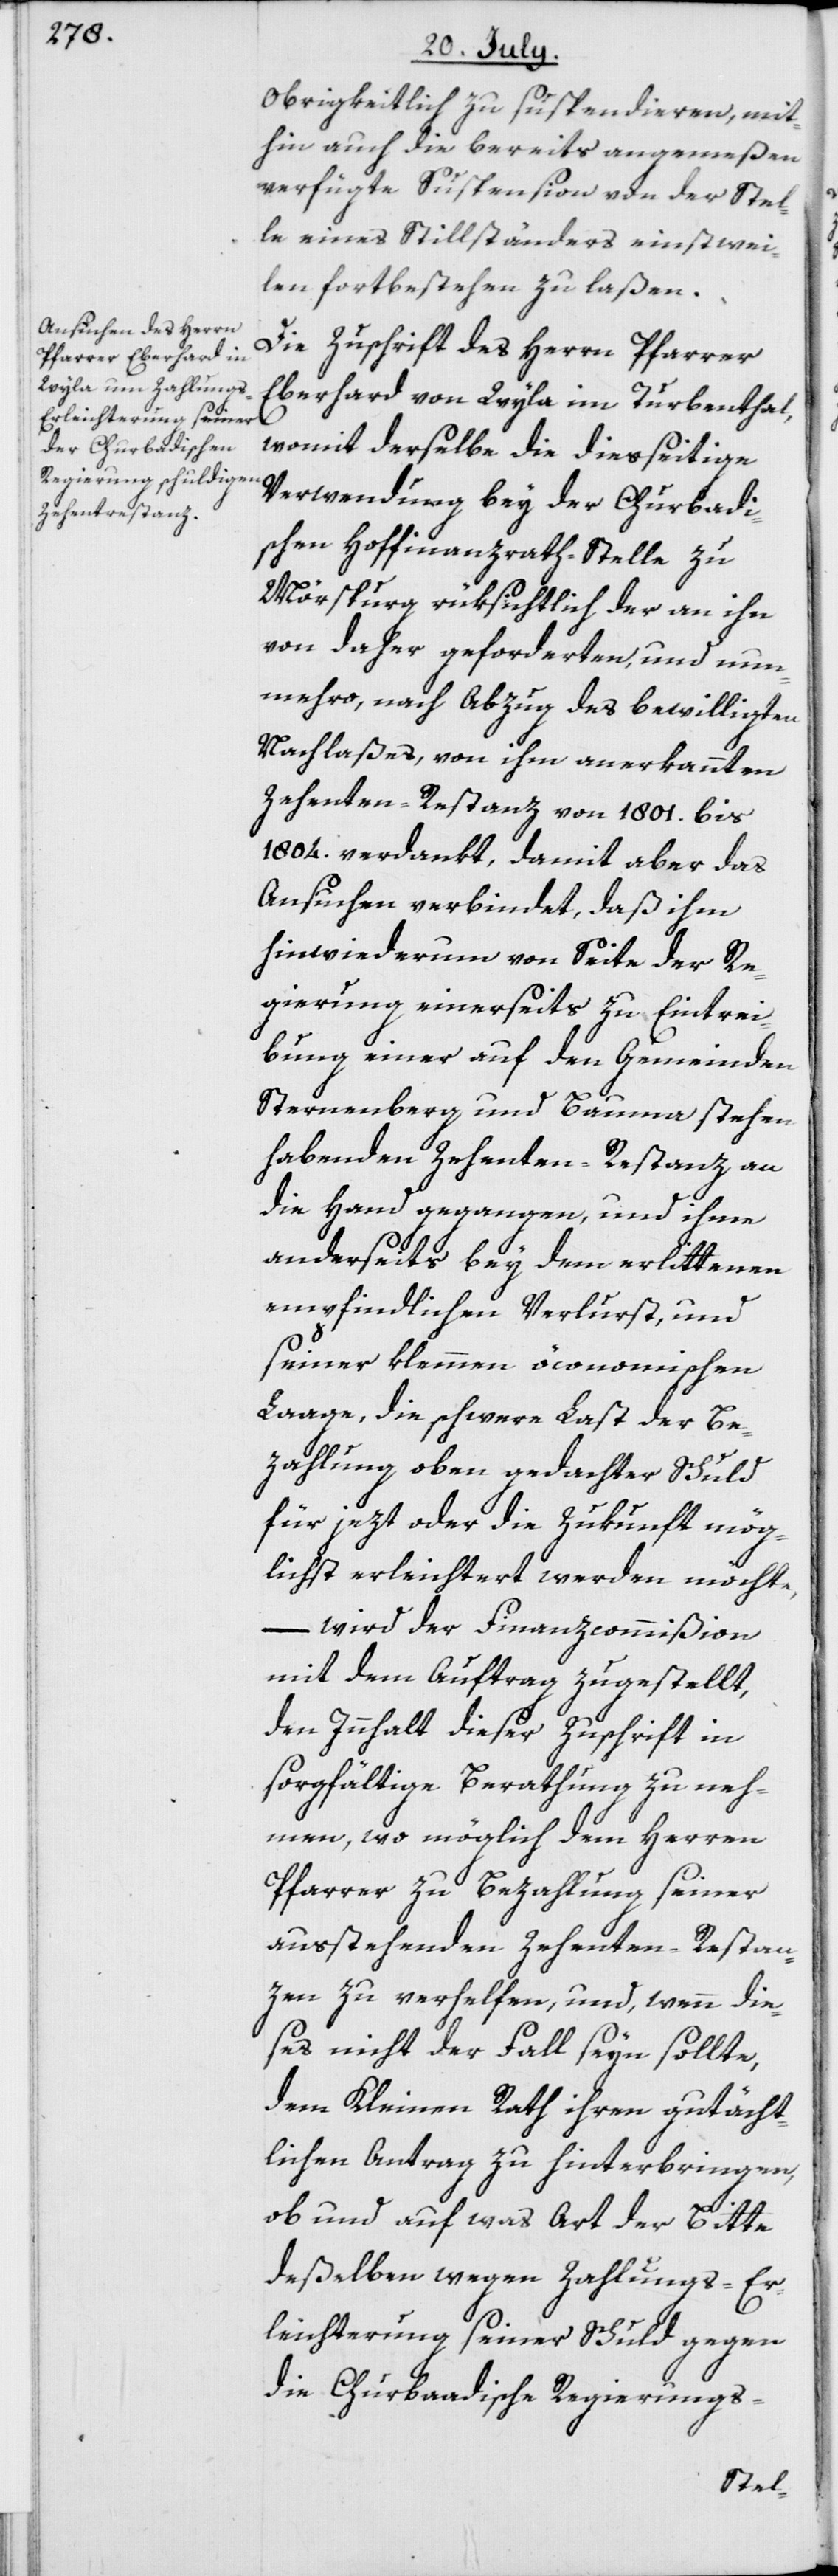
Obrigkeitlich zu suspendieren, mit¬
hin auch die bereits angemeßen
verfügte Suspension von der Stel¬
le eines Stillständers einstwei¬
len fortbestehen zu laßen.
Die Zuschrift des Herrn Pfarrer
Eberhard von Wyla im Turbenthal,
womit derselbe die diesseitige
Verwendung bey der Churbadi¬
schen Hoffinanzrath-Stelle zu
Mörspurg rüksichtlich der an ihn
von daher geforderten, und nun¬
mehro, nach Abzug des bewilligten
Nachlaßes, von ihm anerkannten
Zehenten-Restanz von 1801. bis
1804. verdankt, damit aber das
Ansuchen verbindet, daß ihm
hinwiederum von Seite der Re¬
gierung einerseits zu Eintrei¬
bung einer auf den Gemeinden
Sternenberg und Bauma stehen
habenden Zehenten-Restanz an
die Hand gegangen, und ihme
anderseits bey dem erlittenen
empfindlichen Verlurst, und
seiner klemmen öconomischen
Laage, die schwere Last der Be¬
zahlung oben gedachter Schuld
für jezt oder die Zukunft mög¬
lichst erleichtert werden möchte,
– wird der Finanzcommißion
mit dem Auftrag zugestellt,
den Innhalt dieser Zuschrift in
sorgfältige Berathung zu neh¬
men, wo möglich dem Herren
Pfarrer zu Bezahlung seiner
ausstehenden Zehenten-Restan¬
zen zu verhelfen, und, wenn die¬
ses nicht der Fall seyn sollte,
dem Kleinen Rath ihren gutächt¬
lichen Antrag zu hinterbringen,
ob und auf was Art der Bitte
deßelben wegen Zahlungs-Er¬
leichterung seiner Schuld gegen
die Churbaadische Regierungs-